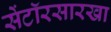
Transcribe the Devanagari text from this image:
सेंटॉरसारखा